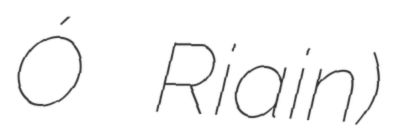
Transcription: Ó Riain)